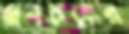
প্রবচনের